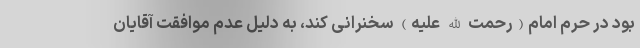
بود در حرم امام(رحمت الله علیه) سخنرانی کند، به دلیل عدم موافقت آقایان